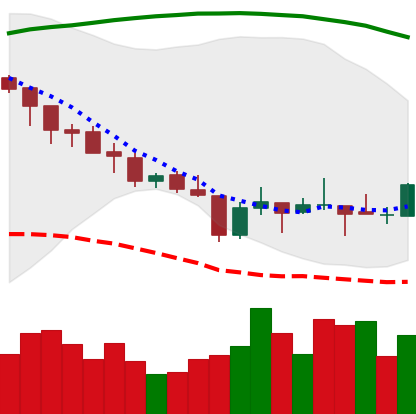
Ticker: XLM-USD
Chart end date: 2018-08-17
Forward return: -13.113%
Label: down_7plus